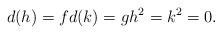
LaTeX: \begin{align*}d(h)=f d(k)=g h^2=k^2=0.\end{align*}